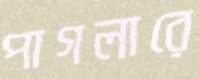
পাগলারে